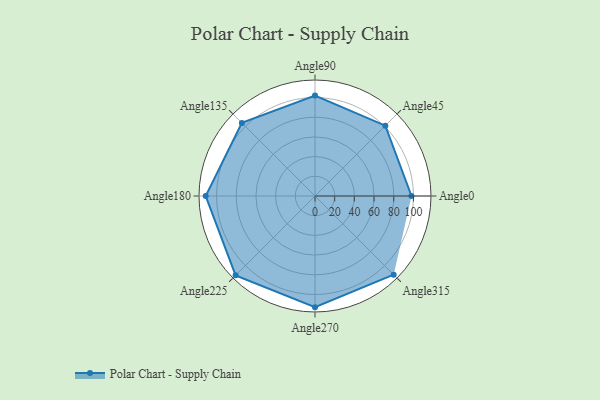
{"axis": {"x": "Angle", "y": "Radius"}, "legend": [""], "data": [{"x": "Angle0", "y": 98.0, "type": ""}, {"x": "Angle45", "y": 101.0, "type": ""}, {"x": "Angle90", "y": 102.0, "type": ""}, {"x": "Angle135", "y": 105.0, "type": ""}, {"x": "Angle180", "y": 111.0, "type": ""}, {"x": "Angle225", "y": 114.0, "type": ""}, {"x": "Angle270", "y": 113.0, "type": ""}, {"x": "Angle315", "y": 113.0, "type": ""}]}